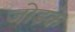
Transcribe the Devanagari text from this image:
जोड़के